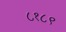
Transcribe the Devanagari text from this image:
८१८९